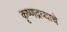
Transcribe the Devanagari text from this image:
कृष्णद्रव्याचे